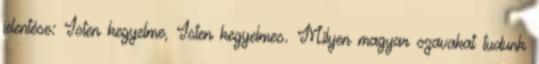
jelentése: Isten kegyelme, Isten kegyelmes. Milyen magyar szavakat tudunk